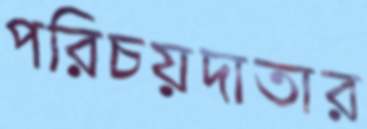
পরিচয়দাতার